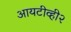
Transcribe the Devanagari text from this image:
आयटीव्ही२